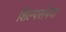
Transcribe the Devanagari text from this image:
शिल्पसंपदा